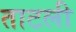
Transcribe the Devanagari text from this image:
ताटली